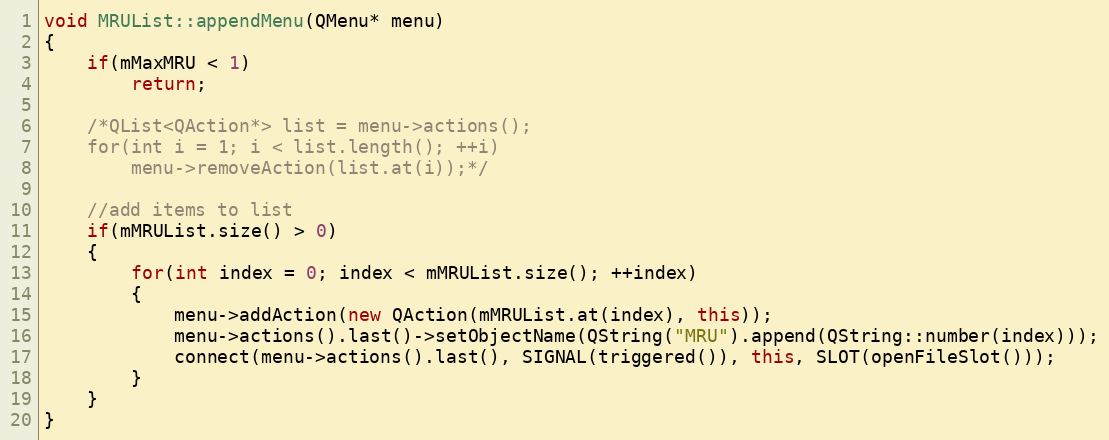
Language: C++
void MRUList::appendMenu(QMenu* menu)
{
    if(mMaxMRU < 1)
        return;

    /*QList<QAction*> list = menu->actions();
    for(int i = 1; i < list.length(); ++i)
        menu->removeAction(list.at(i));*/

    //add items to list
    if(mMRUList.size() > 0)
    {
        for(int index = 0; index < mMRUList.size(); ++index)
        {
            menu->addAction(new QAction(mMRUList.at(index), this));
            menu->actions().last()->setObjectName(QString("MRU").append(QString::number(index)));
            connect(menu->actions().last(), SIGNAL(triggered()), this, SLOT(openFileSlot()));
        }
    }
}